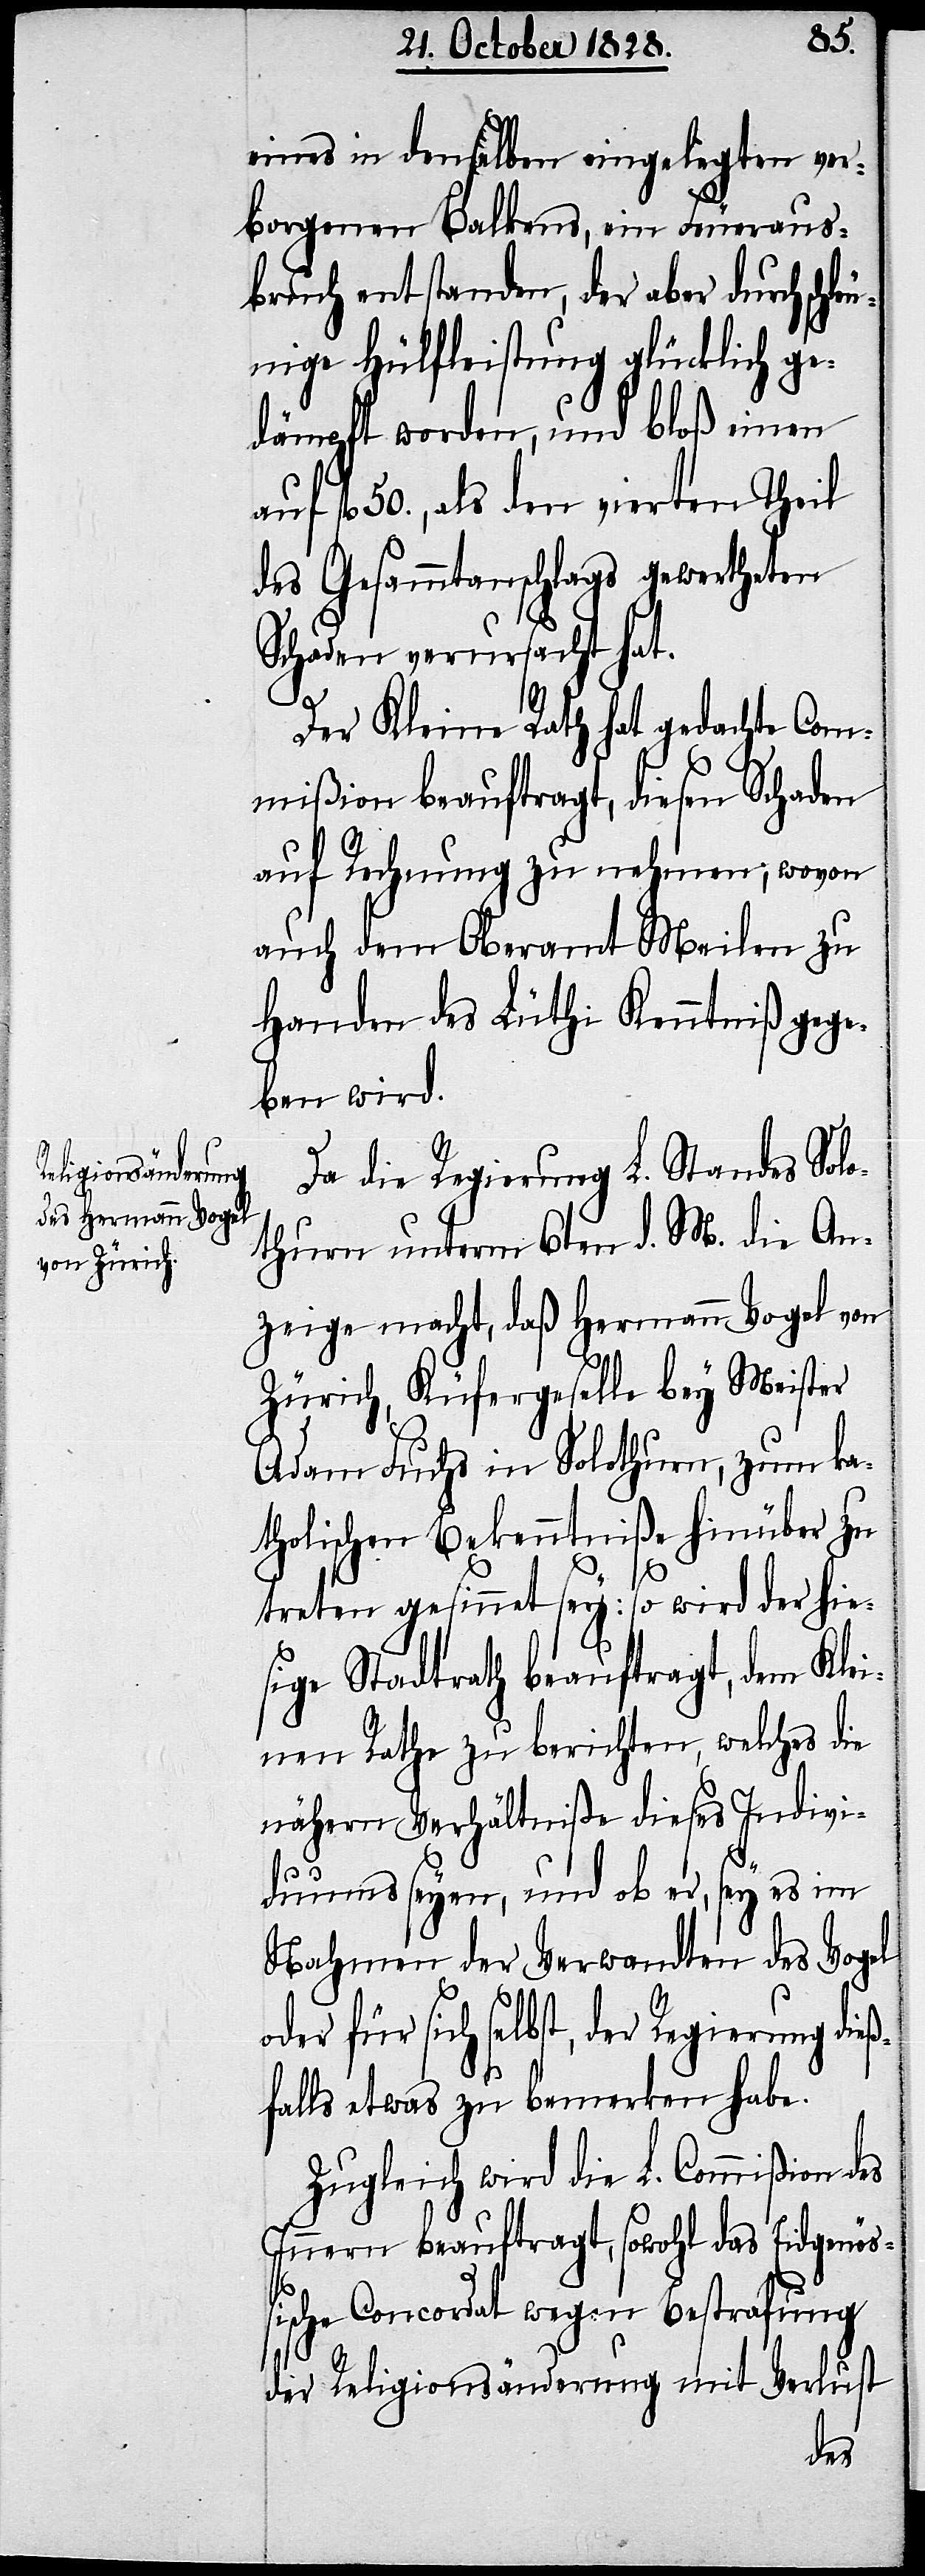
eines in denselben eingelegten ver¬
borgenen Balkens, ein Feueraus¬
bruch entstanden, der aber durch schle¬
unige Hülfeleistung glücklich ge¬
dämpft worden, und bloß einen
auf fl. 50., als den vierten Theil
des Gesammtanschlages gewertheten
Schaden verursacht hat.
Der Kleine Rath hat gedachte Com¬
mißion beauftragt, diesen Schaden
auf Rechnung zu nehmen; wovon
auch dem Oberamt Meilen zu
Handen des Lüthi Kenntniß gege¬
ben wird.
Da die Regierung L. Standes Sol¬
othurn unterm 6ten d. M. die An¬
zeige macht, daß Hermann Vogel von
Zürich, Küfergeselle bey Meister
Adam Fuchs in Solothurn, zum ka¬
tholischen Bekenntniße hinüber zu
treten gesinnet sey: so wird der hie¬
sige Stadtrath beauftragt, dem Klei¬
nen Rathe zu berichten, welches die
nähern Verhältniße dieses Indivi¬
duums seyen, und ob er, sey es im
Nahmen der Verwandten des Vogel
oder für sich selbst, der Regierung dieß¬
falls etwas zu bemerken habe.
Zugleich wird die L. Commißion des
Innern beauftragt, sowohl das Eidgenö¬
ßische Concordat wegen Bestrafung
der Religionsänderung mit Verlust